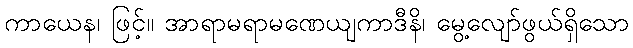
ကာယေန၊ ဖြင့်။ အာရာမရာမဏေယျကာဒီနိ၊ မွေ့လျော်ဖွယ်ရှိသော